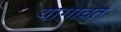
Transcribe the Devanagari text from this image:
यागावत